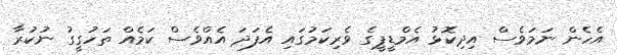
އެހެން ނަމަވެސް އިދިކޮޅު އެމްޑީޕީގެ ވެރިކަމުގައި އެފަދަ އެއްވެސް ކަމެއް ތަހުގީގު ނުކުރާ